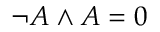
\neg A \land A = 0